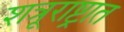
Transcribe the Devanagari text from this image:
शत्रूराष्ट्रात